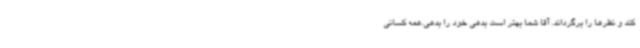
کند و نظرها را برگرداند. آقا شما بهتر است بدهی خود را بدهی.همه کسانی